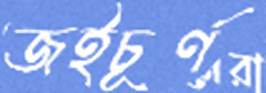
জইচূর্ণ